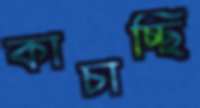
কাচাচ্ছি